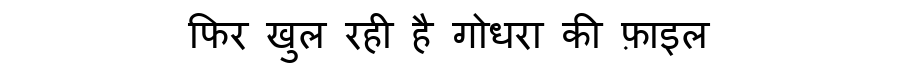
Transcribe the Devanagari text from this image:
फिर खुल रही है गोधरा की फ़ाइल